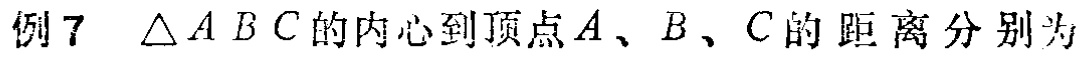
例7 $\triangle ABC$的内心到顶点$A$、$B$、$C$的距离分别为